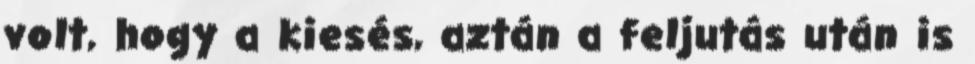
volt, hogy a kiesés, aztán a feljutás után is